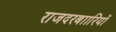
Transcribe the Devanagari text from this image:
राजदरबाारियों